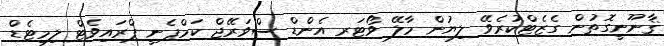
ޤާނޫނީގޮތުން ގެޒެޓްކުރެވޭ ލިޔުން މާލޭ ވޯޓަރ އެންޑް ސްވަރޭޖް ކަމްޕެނީ ޕްރައިވެޓް ލިމިޓެޑް